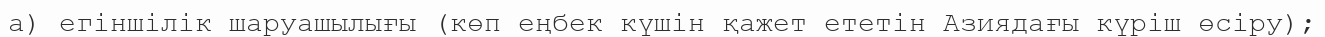
а) егіншілік шаруашылығы (көп еңбек күшін қажет ететін Азиядағы күріш өсіру);